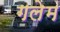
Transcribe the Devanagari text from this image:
गलेम